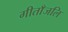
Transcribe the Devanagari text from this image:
गीताँजलि